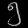
Digit: ၅